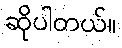
ဆိုပါတယ်။